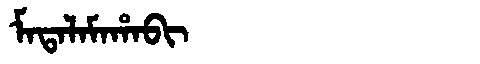
Manchu: ᠮᠠᡨᠠᠯᠠᠮᠠᡥᠠᠪᡳ
Romanization: MATALAMAHABI